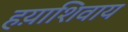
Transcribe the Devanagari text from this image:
हय़ाशिवाय